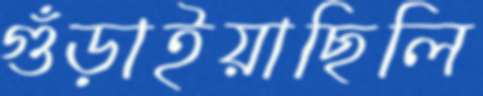
গুঁড়াইয়াছিলি